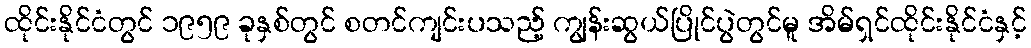
ထိုင်းနိုင်ငံတွင် ၁၉၅၉ ခုနှစ်တွင် စတင်ကျင်းပသည့် ကျွန်းဆွယ်ပြိုင်ပွဲတွင်မူ အိမ်ရှင်ထိုင်းနိုင်ငံနှင့်